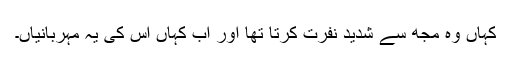
کہاں وہ مجھ سے شدید نفرت کرتا تھا اور اب کہاں اس کی یہ مہربانیاں۔